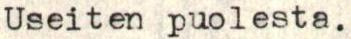
Useiten puolesta.